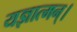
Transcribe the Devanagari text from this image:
यज्ञात्मन्‌।